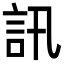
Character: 訊